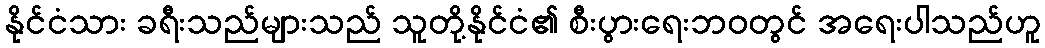
နိုင်ငံသား ခရီးသည်များသည် သူတို့နိုင်ငံ၏ စီးပွားရေးဘဝတွင် အရေးပါသည်ဟူ